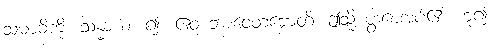
သမာဓိကို။ သန္ဓာယ၊ ၍။ ဧဝံ ဘာဝေတဗ္ဗောတိ၊ ဤသို့ ပွါးစေအပ်၏ ဟူ၍။